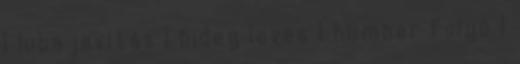
1 hibajavítás 1 hideg leves 1 humber folyó 1